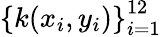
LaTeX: \left\{ k(x_{i},y_{i})\right\} _{i=1}^{12}